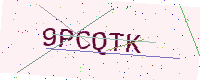
Text: 9PCQTK